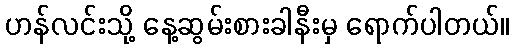
ဟန်လင်းသို့ နေ့ဆွမ်းစားခါနီးမှ ရောက်ပါတယ်။